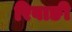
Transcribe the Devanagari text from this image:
रिवाङी